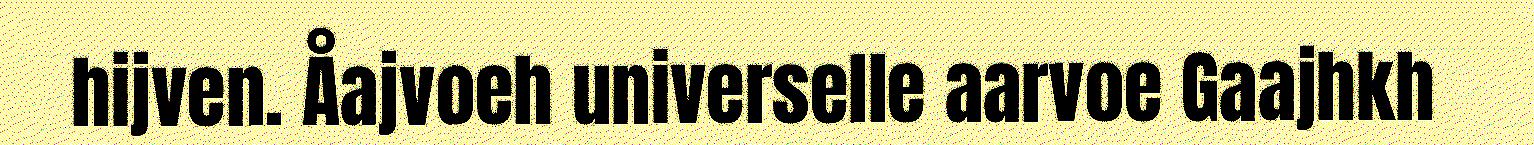
hijven. Åajvoeh universelle aarvoe Gaajhkh